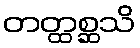
တတ္ထစ္ဆသိ